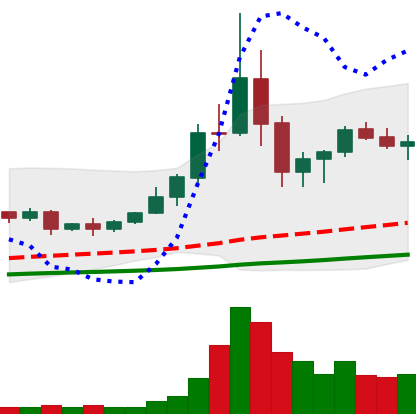
Ticker: TRX-USD
Chart end date: 2020-09-11
Forward return: -20.935%
Label: down_7plus